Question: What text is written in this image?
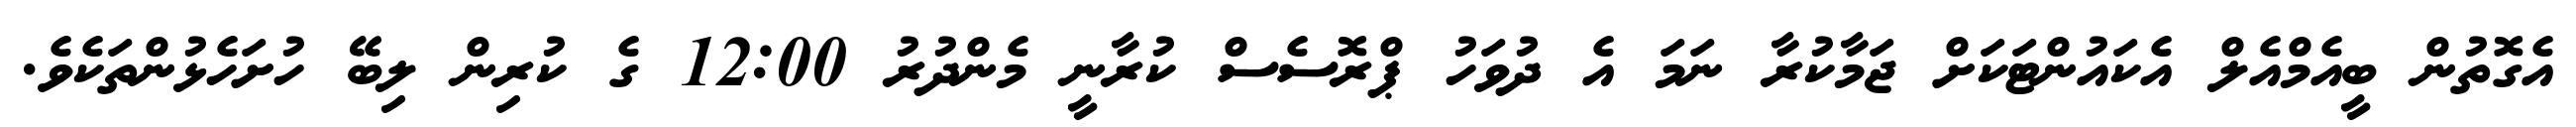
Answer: އެގޮތުން ބީއެމްއެލް އެކައުންޓަކަށް ޖަމާކުރާ ނަމަ އެ ދުވަހު ޕްރޮސެސް ކުރާނީ މެންދުރު 12:00 ގެ ކުރިން ލިބޭ ހުށަހެޅުންތަކެވެ.